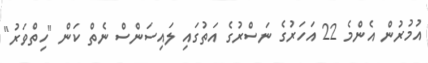
އުމުރުން އެންމެ 22 އަހަރުގެ ނަސްރުގެ އަތުގައި ލައިސަންސް ނެތް ކަން "ހިތްވަރު"